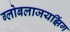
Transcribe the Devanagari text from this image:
ग्लोबलाजयझिंग